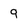
Character: 9